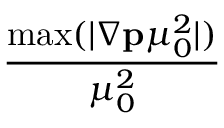
\frac { \operatorname* { m a x } ( | \nabla { \mathbf { p } } \mu _ { 0 } ^ { 2 } | ) } { \mu _ { 0 } ^ { 2 } }